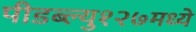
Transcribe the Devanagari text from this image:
पीडब्ल्यु१२७मध्ये